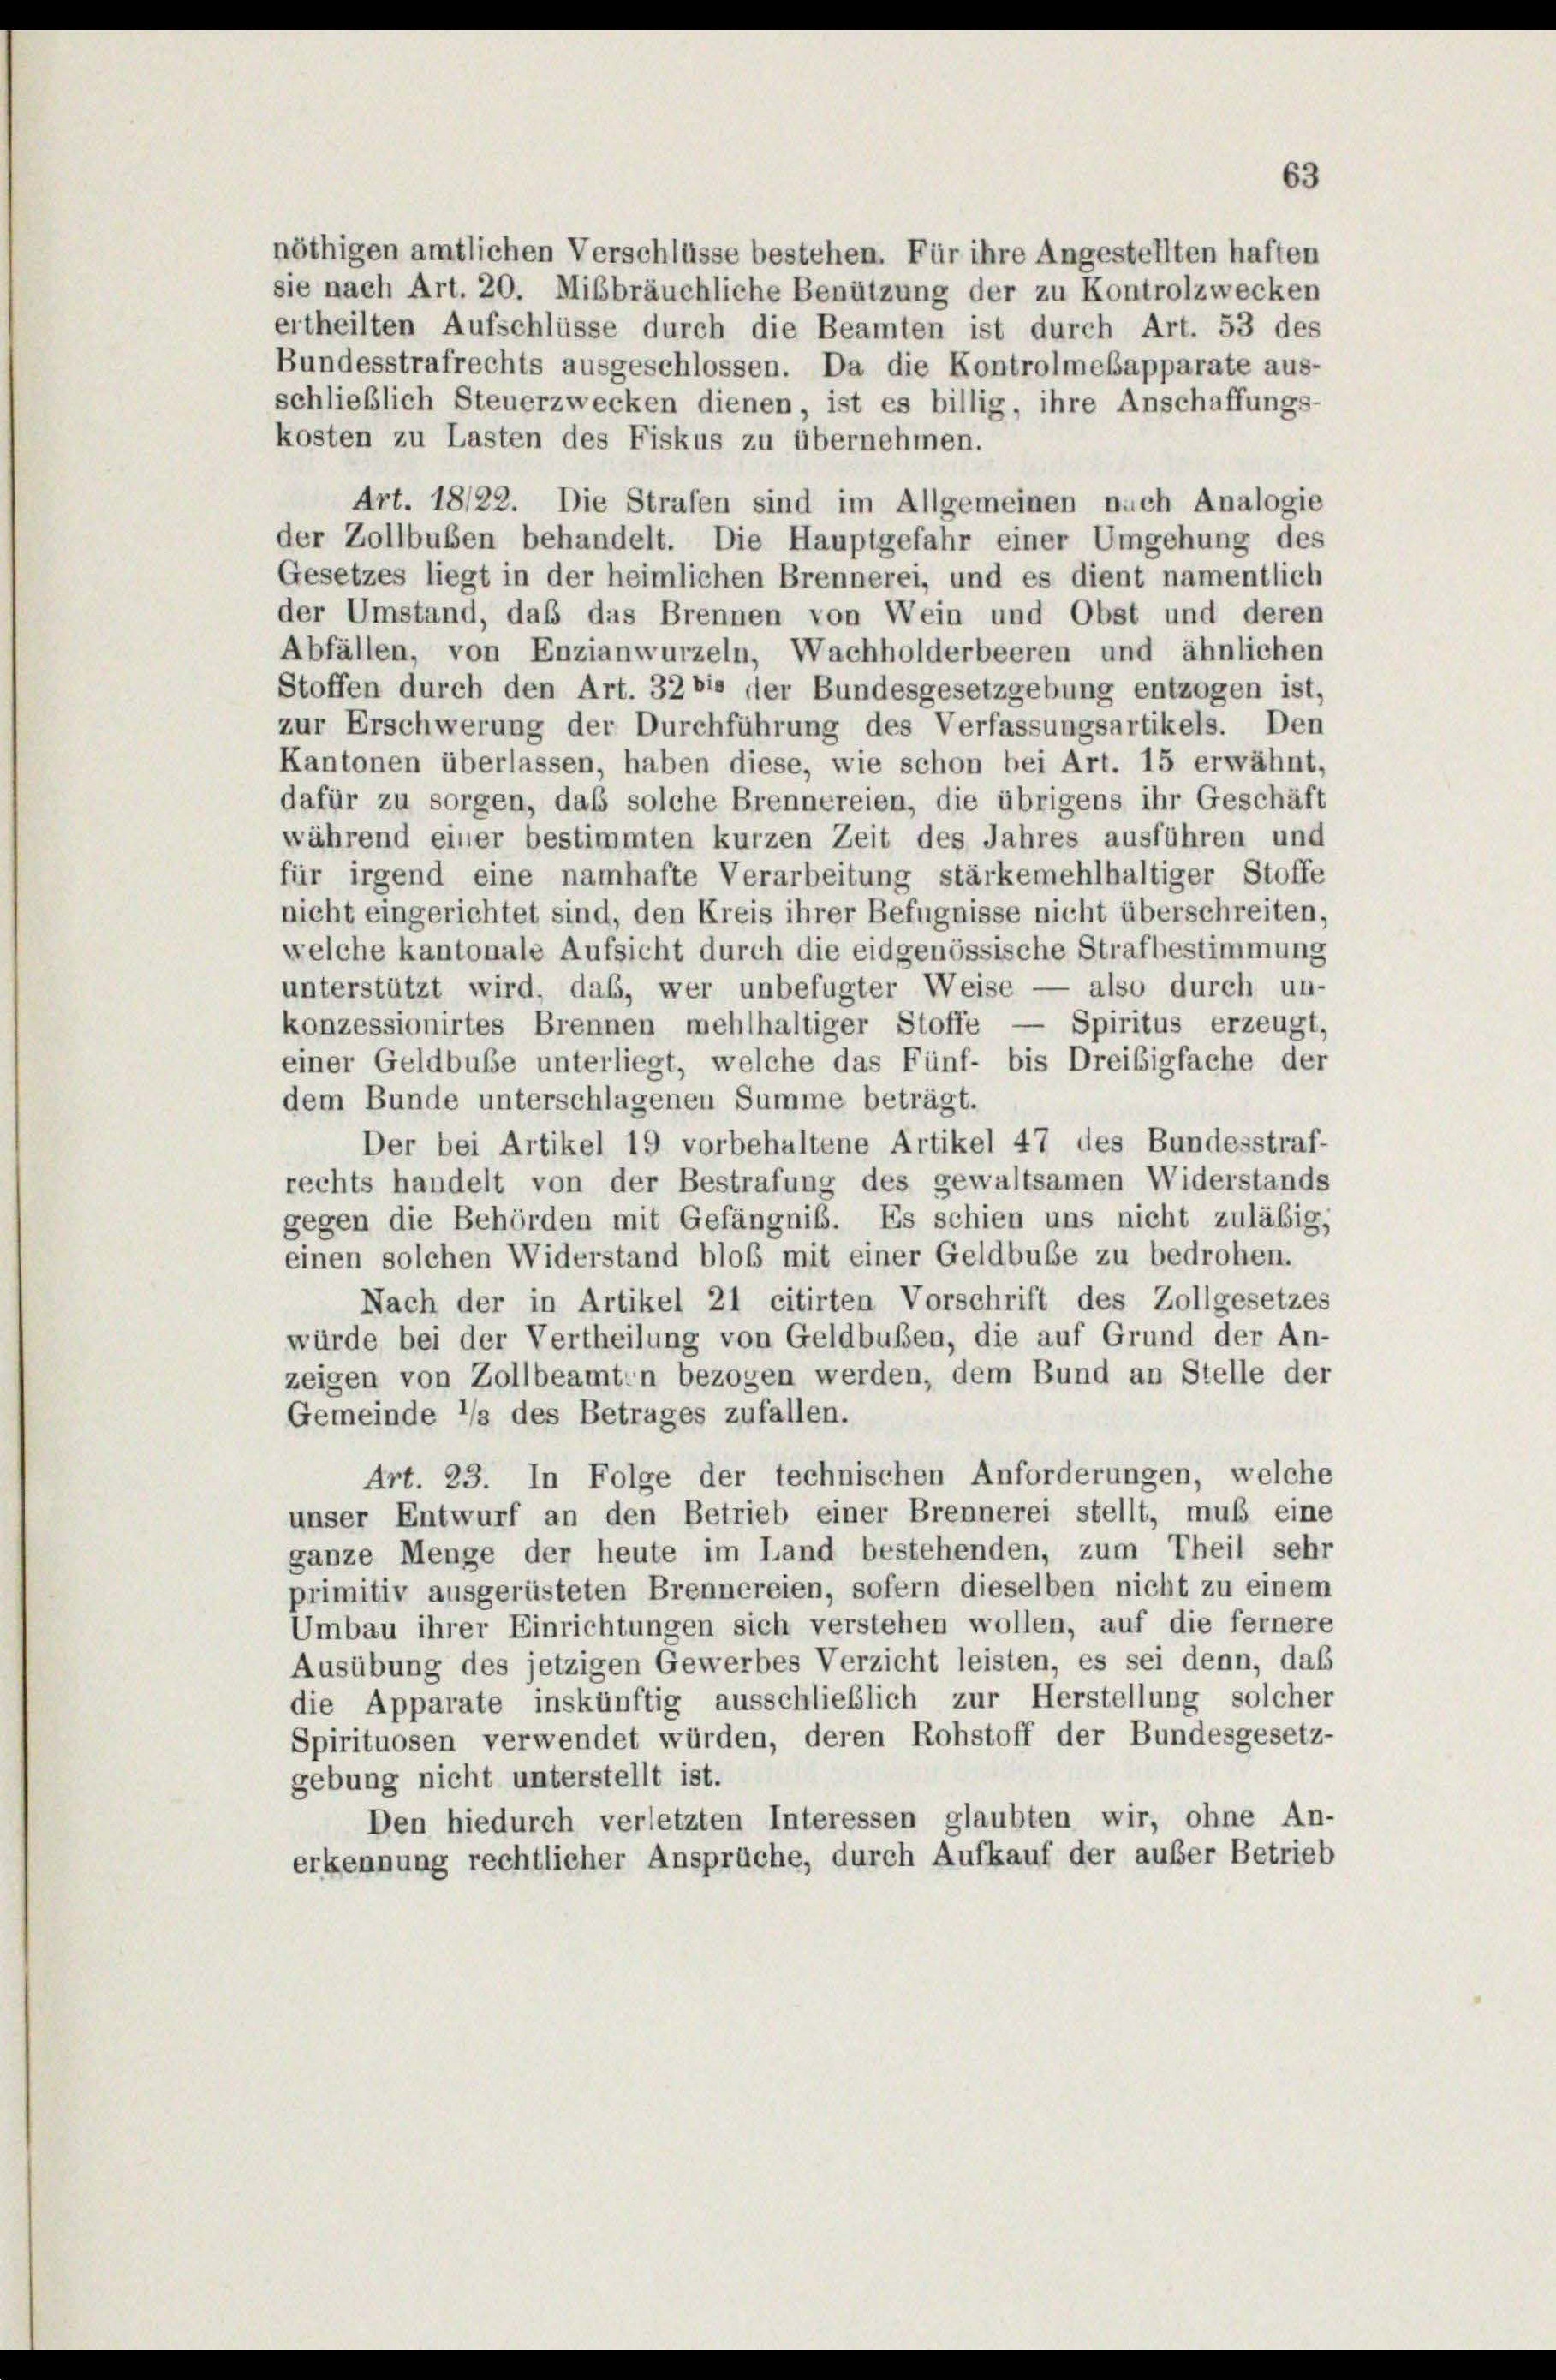
nöthigen amtlichen Verschlüsse bestehen. Für ihre Angestellten haften
sie nach Art. 20. Mißbräuchliche Benützung der zu Kontrolzwecken
ertheilten Aufschlüsse durch die Beamten ist durch Art. 53 des
Bundesstrafrechts ausgeschlossen. Da die Kontrolmebapparate aus-
schließlich Steuerzwecken dienen, ist es billig, ihre Anschaffungs-
kosten zu Lasten des Fiskus zu übernehmen.

Art. 18/22. Die Strafen sind im Allgemeinen nach Analogie
der Zollbuben behandelt. Die Hauptgefahr einer Umgehung des
Gesetzes liegt in der heimlichen Brennerei, und es dient namentlich
der Umstand, daß das Brennen von Wein und Obst und deren
Abfällen, von Enzianwurzeln, Wachholderbeeren und ähnlichen
Stoffen durch den Art. 32 bis der Bundesgesetzgebung entzogen ist,
zur Erschwerung der Durchführung des Verfassungsartikels. Den
Kantonen überlassen, haben diese, wie schon bei Art. 15 erwähnt,
dafür zu sorgen, daß solche Brennereien, die übrigens ihr Geschäft
während einer bestimmten kurzen Zeit des Jahres ausführen und
für irgend eine namhafte Verarbeitung stärkemehlhaltiger Stoffe
nicht eingerichtet sind, den Kreis ihrer Befugnisse nicht überschreiten,
welche kantonale Aufsicht durch die eidgenössische Strafbestimmung
unterstützt wird, daß, wer unbefugter Weise — also durch un-
konzessionirtes Brennen mehlhaltiger Stoffe — Spiritus erzeugt,
einer Geldbuße unterliegt, welche das Fünf- bis Dreisigfache der
dem Bunde unterschlagenen Summe beträgt.
Der bei Artikel 19 vorbehaltene Artikel 47 des Bundesstraf-
rechts handelt von der Bestrafung des gewaltsamen Widerstands
gegen die Behörden mit Gefängnis. Es schien uns nicht zuläßig,
einen solchen Widerstand bloß mit einer Geldbube zu bedrohen.
Nach der in Artikel 21 citirten Vorschrift des Zollgesetzes
würde bei der Vertheilung von Geldbußen, die auf Grund der An-
zeigen von Zollbeamten bezogen werden, dem Bund an Stelle der
Gemeinde 1/3 des Betrages zufallen.
Art. 23. In Folge der technischen Anforderungen, welche
unser Entwurf an den Betrieb einer Brennerei stellt, muß eine
ganze Menge der heute im Land bestehenden, zum Theil sehr
primitiv ausgerüsteten Brennereien, sofern dieselben nicht zu einem
Umbau ihrer Einrichtungen sich verstehen wollen, auf die fernere
Ausübung des jetzigen Gewerbes Verzicht leisten, es sei denn, daß
die Apparate inskünftig ausschließlich zur Herstellung solcher
Spirituosen verwendet würden, deren Rohstoff der Bundesgesetz-
gebung nicht unterstellt ist.
Den hiedurch verletzten Interessen glaubten wir, ohne An-
erkennung rechtlicher Ansprüche, durch Aufkauf der außer Betrieb

63